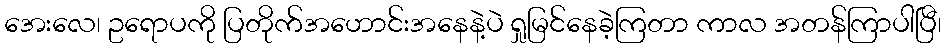
အေးလေ၊ ဥရောပကို ပြတိုက်အဟောင်းအနေနဲ့ပဲ ရှုမြင်နေခဲ့ကြတာ ကာလ အတန်ကြာပါပြီ၊